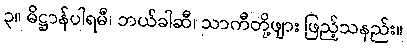
၃။ ဓိဋ္ဌာန်ပါရမီ၊ ဘယ်ခါဆီ၊ သာကီတို့ဖျား ဖြည့်သနည်း။